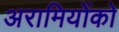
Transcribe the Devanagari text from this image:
अरामियोंको